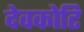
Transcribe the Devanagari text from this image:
देवकोटि